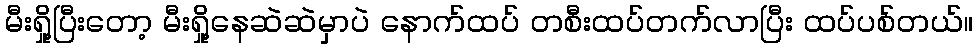
မီးရှို့ပြီးတော့ မီးရှို့နေဆဲဆဲမှာပဲ နောက်ထပ် တစီးထပ်တက်လာပြီး ထပ်ပစ်တယ်။